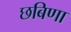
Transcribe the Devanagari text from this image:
छबिणा